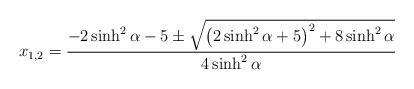
LaTeX: \begin{align*}x_{1,2} = \frac{-2\sinh^{2}\alpha - 5 \pm \sqrt{\left ( 2\sinh^{2}{\alpha}+ 5\right ) ^{2} + 8\sinh^{2}{\alpha}}}{4\sinh^{2}{\alpha}}\end{align*}